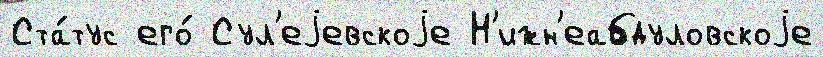
Ста́тус его́ Сул'еjевскоjе Н'ижн'еабдуловскоjе